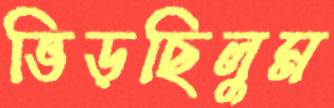
ভিড়ছিলুম